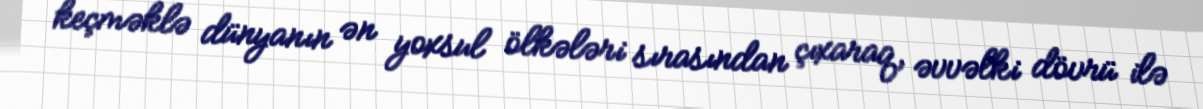
keçməklə dünyanın ən yoxsul ölkələri sırasından çıxaraq, əvvəlki dövrü ilə